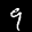
Label: 9